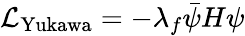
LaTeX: {\mathcal{L}}_{\mathrm{Yukawa}}=-\lambda_{f}{\bar{\psi}}H\psi